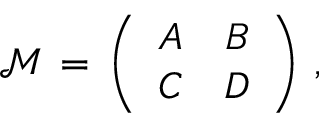
\begin{array} { l } { \displaystyle \mathcal { M } \, = \, \left( \begin{array} { c c } { A } & { B } \\ { C } & { D } \end{array} \right) \, , } \end{array}